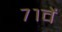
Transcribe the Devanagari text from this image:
७१वें